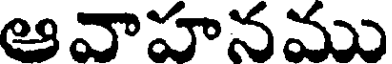
ఆవాహనము